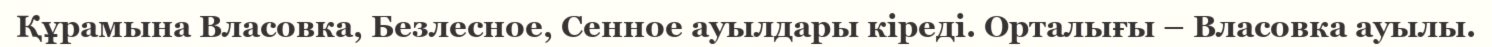
Құрамына Власовка, Безлесное, Сенное ауылдары кіреді. Орталығы – Власовка ауылы.